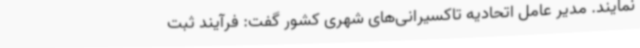
نمایند. مدیر عامل اتحادیه تاکسیرانی‌های شهری کشور گفت: فرآیند ثبت